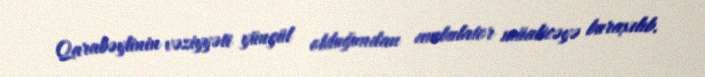
Qarabəylinin vəziyyəti yüngül olduğundan ambulator müalicəyə buraxılıb.